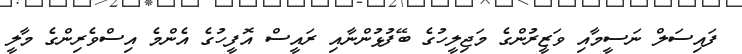
ފައިސަލް ނަސީމާއި ވަޒީރުންގެ މަޖިލީހުގެ ބޭފުޅުންނާއި ރައީސް އޮފީހުގެ އެންމެ އިސްވެރިންގެ މާލީ